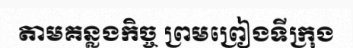
តាមគន្លងកិច្ច ព្រមព្រៀងទីក្រុង